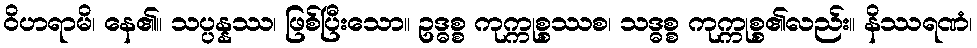
ဝိဟရာမိ၊ နေ၏။ သပ္ပန္နဿ၊ ဖြစ်ပြီးသော။ ဥဒ္ဓစ္စ ကုက္ကုစ္စဿစ၊ သဒ္ဓစ္စ ကုက္ကုစ္စ၏လည်း။ နိဿရဏံ၊